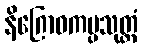
နိဂြောဓကပ္ပသုတ္တံ